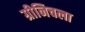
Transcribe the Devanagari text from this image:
ग्रीनिचला